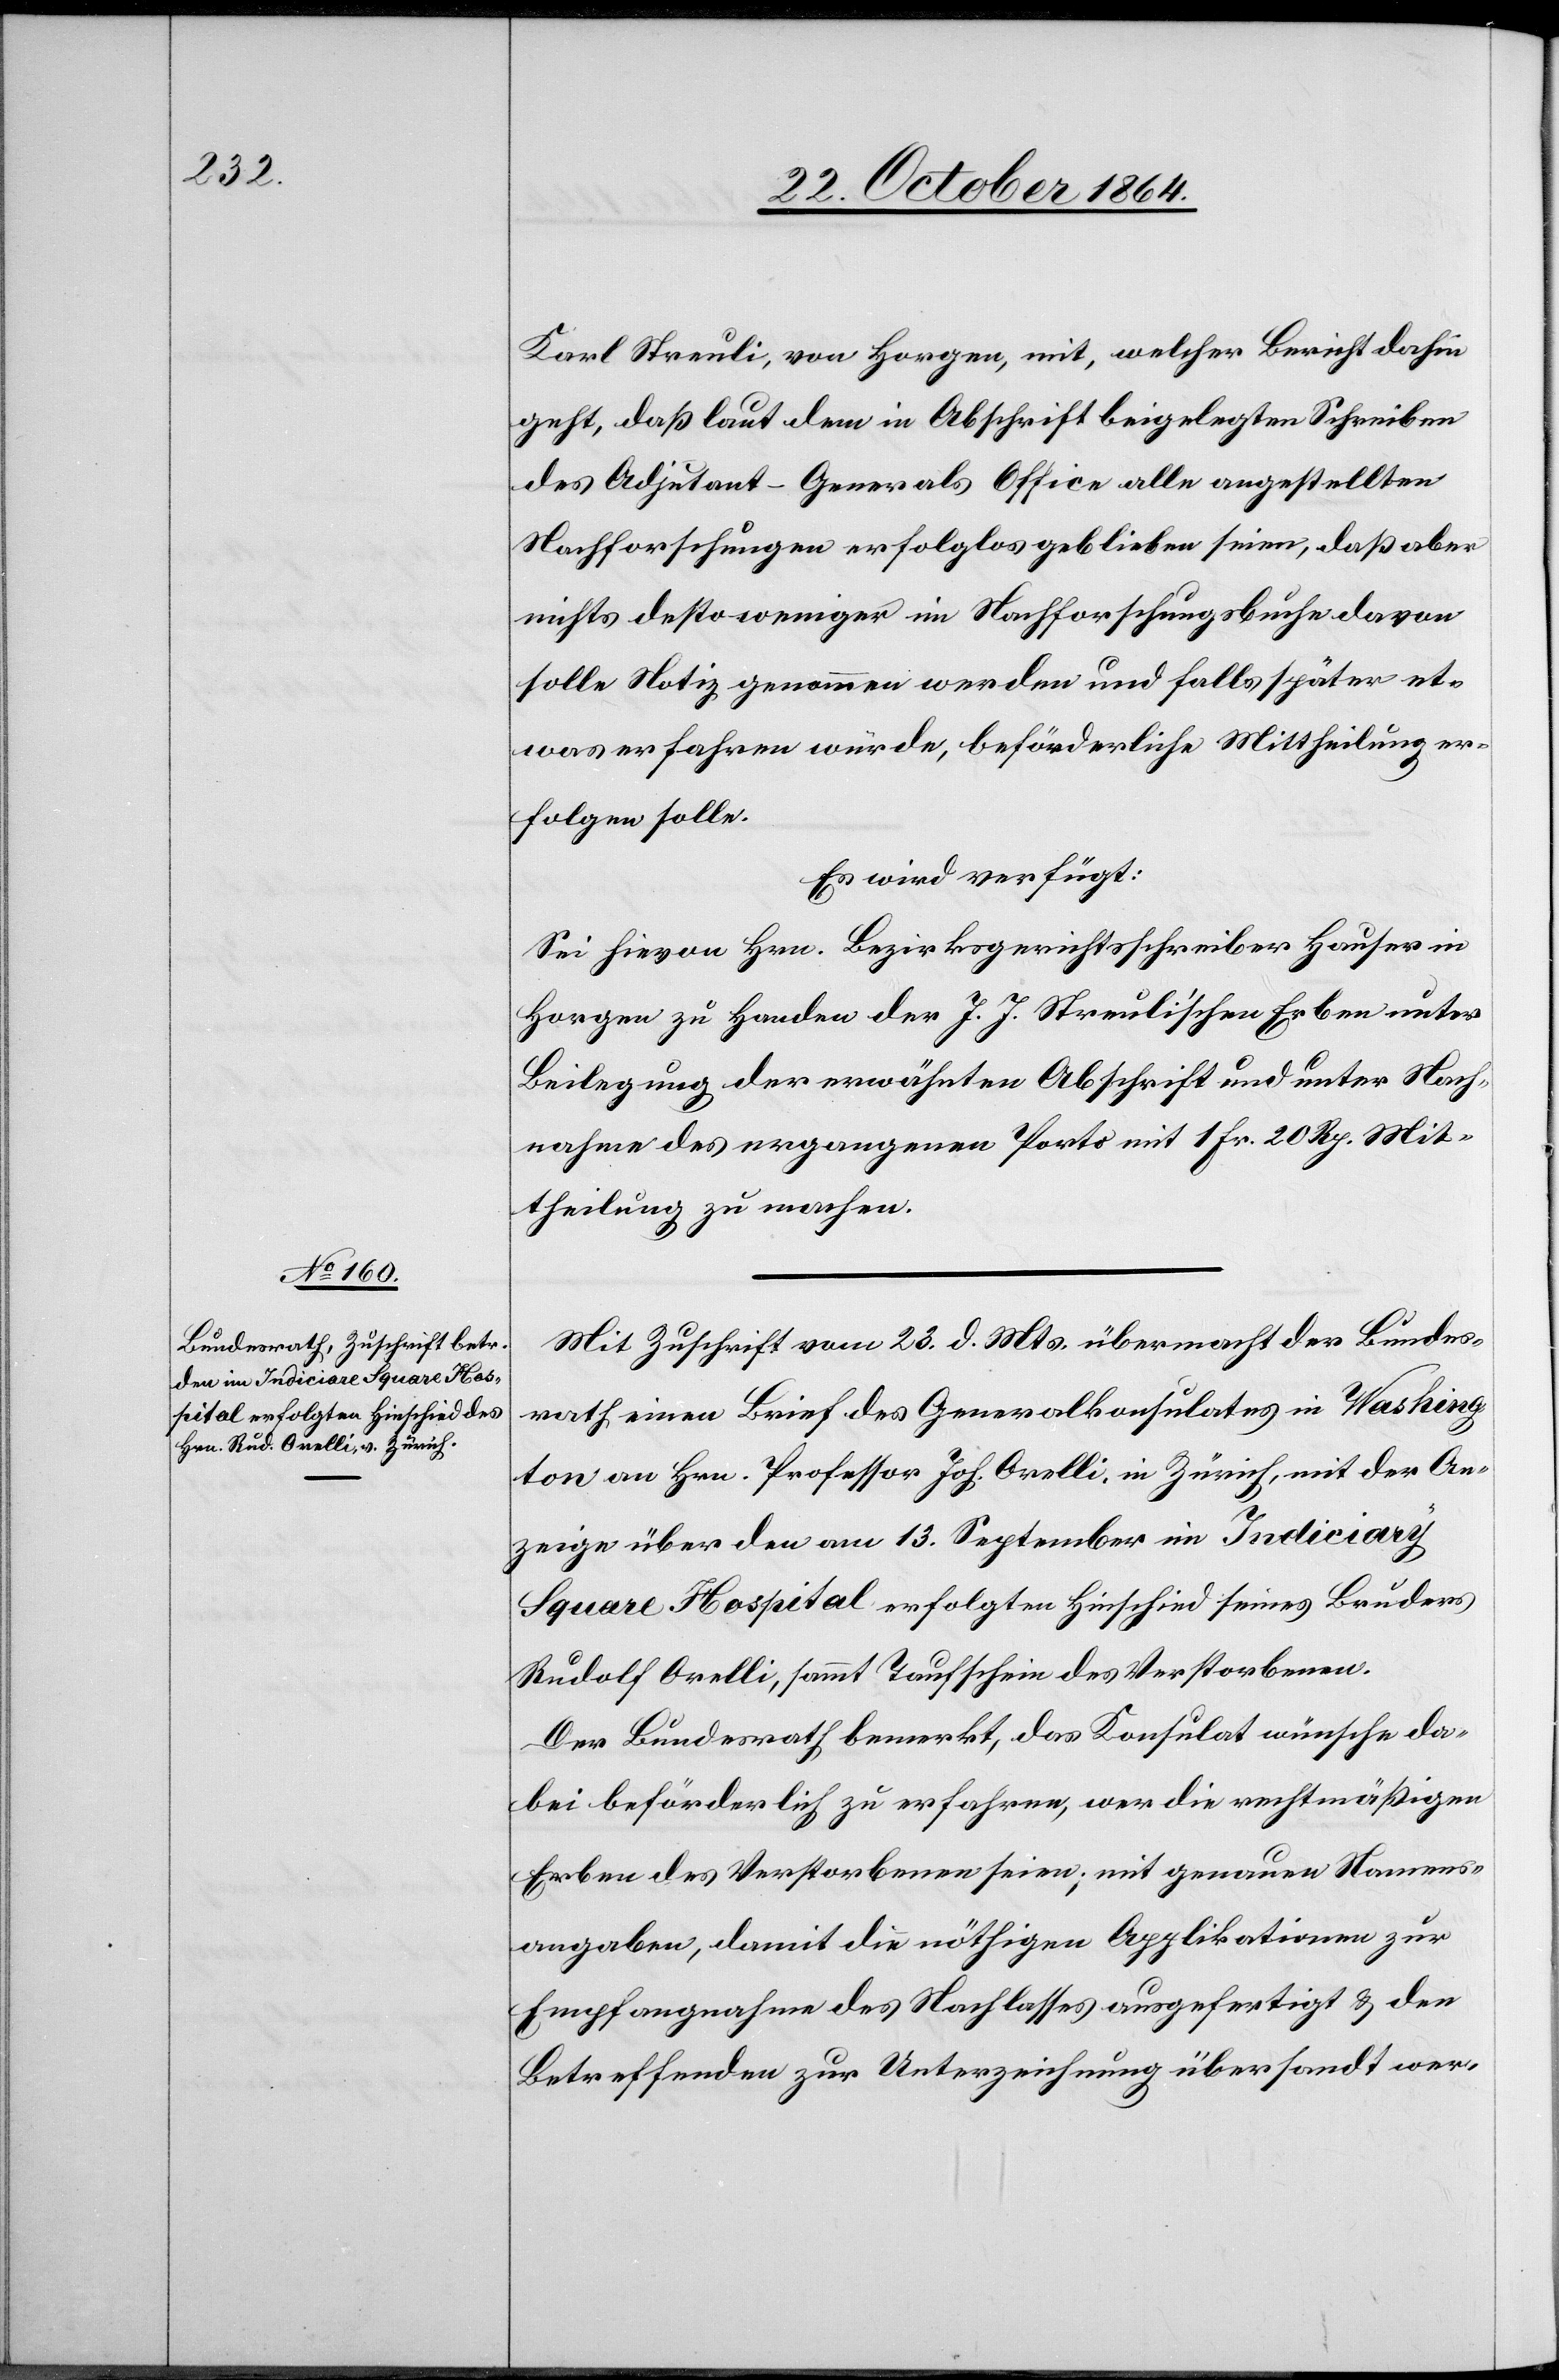
27. October 1864.]
Karl Streuli, von Horgen, mit, welcher Bericht dahin
geht, daß laut dem in Abschrift beigelegten Schreiben
des Adjutant-Generals Office alle angestellten
Nachforschungen erfolglos geblieben seien, daß aber
nichts desto weniger im Nachforschungsbuche davon
solle Notiz genommen werden und falls später et¬
was erfahren würde, beförderliche Mittheilung er¬
folgen solle.
Es wird verfügt:
Sei hievon Hrn. Bezirksgerichtsschreiber Hauser in
Horgen zu Handen der J. J. Streuli’schen Erben unter
Beilegung der erwähnten Abschrift und unter Nach¬
nahme des ergangenen Porto mit 1 Fr. 20 Rp. Mit¬
theilung zu machen.
Mit Zuschrift vom 23. d. Mts. übermacht der Bundes¬
rath einen Brief des Generalkonsulates in Washing¬
ton an Hrn. Professor Joh. Orelli, in Zürich, mit der An¬
zeige über den am 13. September im Indiciary
Square Hospital erfolgten Hinschied seines Bruders
Rudolf Orelli, sammt Taufschein des Verstorbenen.
Der Bundesrath bemerkt, das Konsulat wünsche da¬
bei beförderlich zu erfahren, wer die rechtmäßigen
Erben des Verstorbenen seien; mit genauer Namens¬
angabe, damit die nöthigen Applikationen zur
Empfangnahme des Nachlasses ausgefertigt & den
Betreffenden zur Unterzeichnung übersandt wer-